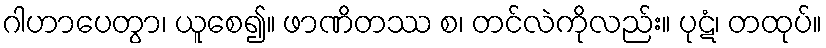
ဂါဟာပေတွာ၊ ယူစေ၍။ ဖာဏိတဿ စ၊ တင်လဲကိုလည်း။ ပုဋံ၊ တထုပ်။